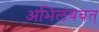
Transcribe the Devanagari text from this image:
अभिलंबवत्‌